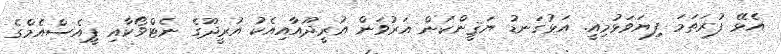
އެޅޭ ފުރަތަމަ ފިޔަވަޅުމިއީ. އަޅުގަނޑު ޔަޤީންކަން އަރުވަން އުރީދޫއާއިއެކު އުރީދޫގެ ނެޓްވޯކާއި ޕީއެސްއެމްގެ